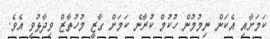
ކަމަށާއި އެކަން ނިމުމުން ހުކުމް ކުރާނެ ކަމަށް ގާޒީ މުހުތާޒް ވިދާޅުވި އެވެ.